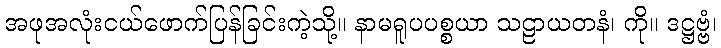
အဖုအလုံးငယ်ဖောက်ပြန်ခြင်းကဲ့သို့။ နာမရူပပစ္စယာ သဠာယတနံ၊ ကို။ ဒဋ္ဌဗ္ဗံ၊